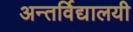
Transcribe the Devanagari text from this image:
अन्तर्विद्यालयी